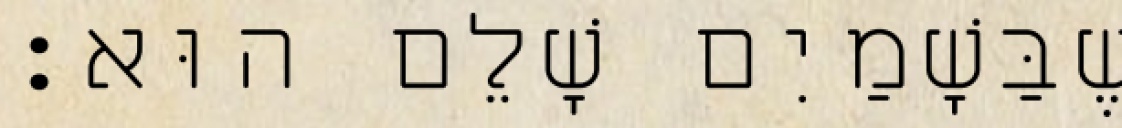
שֶׁבַּשָׁמַיִם שָׁלֵם הוּא׃